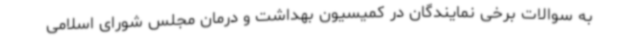
به سوالات برخی نمایندگان در کمیسیون بهداشت و درمان مجلس شورای اسلامی